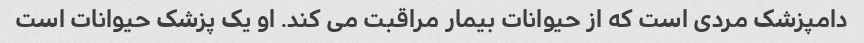
دامپزشک مردی است که از حیوانات بیمار مراقبت می کند. او یک پزشک حیوانات است